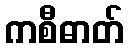
ကစီဓာတ်